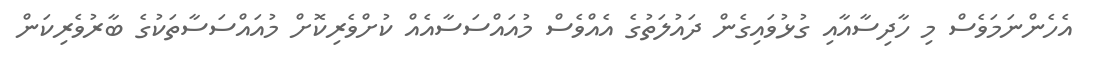
އެހެންނަމަވެސް މި ހާދިސާއާއި ގުޅުވައިގެން ދައުލަތުގެ އެއްވެސް މުއައްސަސާއެއް ކުށްވެރިކޮށް މުއައްސަސާތަކުގެ ބާރުވެރިކަން